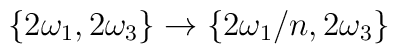
\{2\omega_1,2\omega_3\}\to \{2\omega_1/n,2\omega_3\}